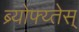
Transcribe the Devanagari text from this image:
ब्र्योफ्य्तेस्